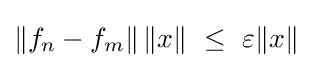
\left\|f_{n}-f_{m}\right\|\|x\|~\leq ~\varepsilon \|x\|